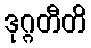
ဒုဂ္ဂတီတိ